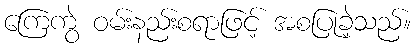
ကြေကွဲ ဝမ်းနည်းစရာဖြင့် အစပြုခဲ့သည်။